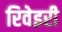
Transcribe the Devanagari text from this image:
रिवेइरी